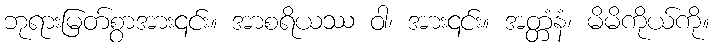
ဘုရားမြတ်စွာအား၎င်း။ အာစရိယဿ ဝါ၊ အား၎င်း။ အတ္တံနံ၊ မိမိကိုယ်ကို။